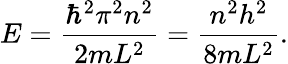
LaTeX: E={\frac{\hbar^{2}\pi^{2}n^{2}}{2mL^{2}}}={\frac{n^{2}h^{2}}{8mL^{2}}}.